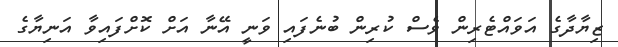
ޒިޔާދާގެ އަވައްޓެރިން ވެސް ކުރިން ބުނެފައި ވަނީ އޭނާ އަށް ކޮށްފައިވާ އަނިޔާގެ